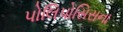
પોલિપોસિસના